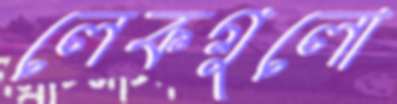
লেকগুলো